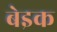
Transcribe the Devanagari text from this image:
बेइक